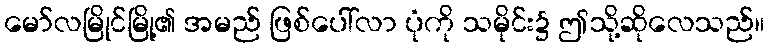
မော်လမြိုင်မြို့၏ အမည် ဖြစ်ပေါ်လာ ပုံကို သမိုင်း၌ ဤသို့ဆိုလေသည်။